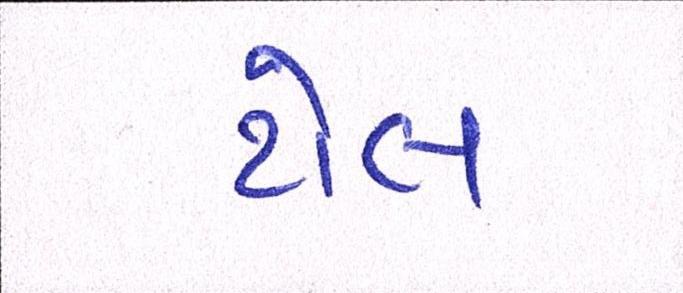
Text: ટોલ